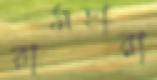
রামহারা